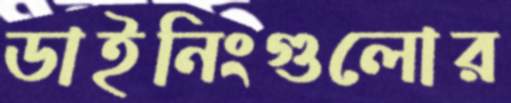
ডাইনিংগুলোর